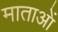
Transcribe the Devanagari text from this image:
माताआें